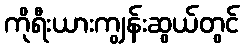
ကိုရီးယားကျွန်းဆွယ်တွင်